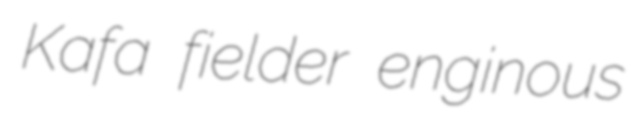
Kafa fielder enginous